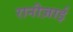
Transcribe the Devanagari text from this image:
रानीज़ाई